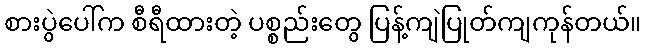
စားပွဲပေါ်က စီရီထားတဲ့ ပစ္စည်းတွေ ပြန့်ကျဲပြုတ်ကျကုန်တယ်။